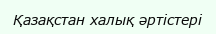
Қазақстан халық әртістері